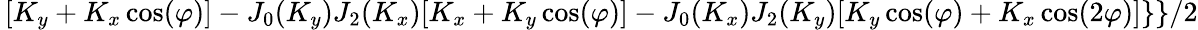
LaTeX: \, [K_{y}+K_{x}\cos(\varphi)]-J_{0}(K_{y})J_{2}(K_{x})[K_{x}+K_{y}\cos(\varphi)]-J_{0}(K_{x})J_{2}(K_{y})[K_{y}\cos(\varphi)+K_{x}\cos(2\varphi)]\} \} /2